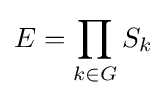
E=\prod _{k\in G}S_{k}